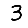
Digit: 3